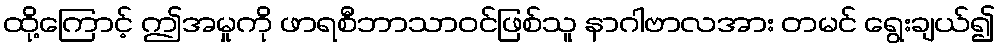
ထို့ကြောင့် ဤအမှုကို ဖာရစီဘာသာဝင်ဖြစ်သူ နာဂါဗာလအား တမင် ရွေးချယ်၍